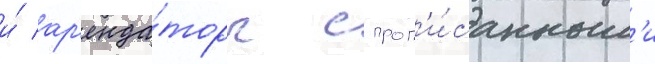
и́ ар'енда́торы с проп'и́санным'и